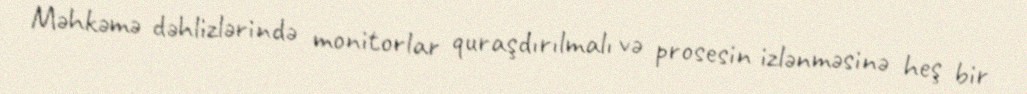
Məhkəmə dəhlizlərində monitorlar quraşdırılmalı və prosesin izlənməsinə heş bir